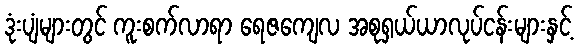
ဒုံးပျံများတွင် ကူးစက်လာရာ ရေဇကျေလ အစုရှယ်ယာလုပ်ငန်းများနှင့်